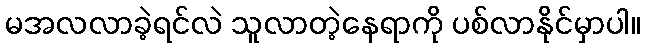
မအလလာခဲ့ရင်လဲ သူလာတဲ့နေရာကို ပစ်လာနိုင်မှာပါ။